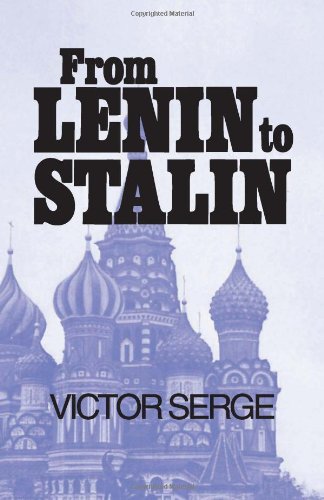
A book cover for From Lenin to Stalin; Victor Serge; Travel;